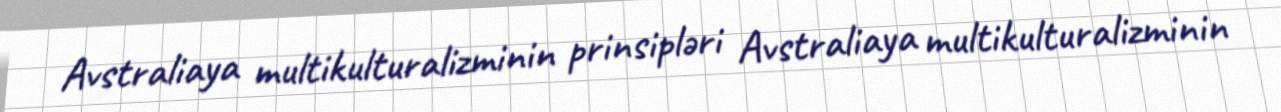
Avstraliaya multikulturalizminin prinsipləri Avstraliaya multikulturalizminin